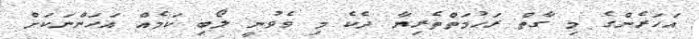
އަހަރެންގެ މި ގާތް ރަޙުމަތްތެރިޔާ ދެކެ މި ވެވުނީ ލޯބި ކަމެއް އަހަންނަކަށް